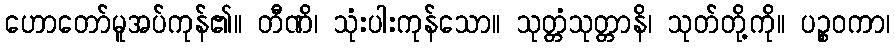
ဟောတော်မူအပ်ကုန်၏။ တီဏိ၊ သုံးပါးကုန်သော။ သုတ္တံသုတ္တာနိ၊ သုတ်တို့ကို။ ပဉ္စဝကာ၊